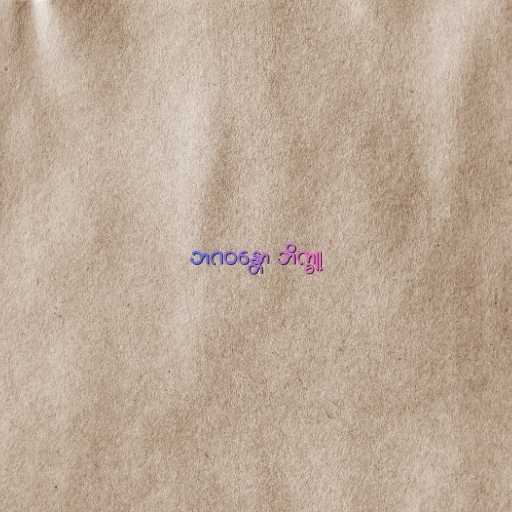
ဘဂဝန္တော ဘိက္ခူ